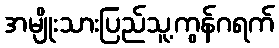
အမျိုးသားပြည်သူ့ကွန်ဂရက်